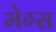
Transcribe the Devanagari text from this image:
मेग्स